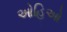
ઓહિઓ